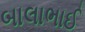
બાલાભાઈ